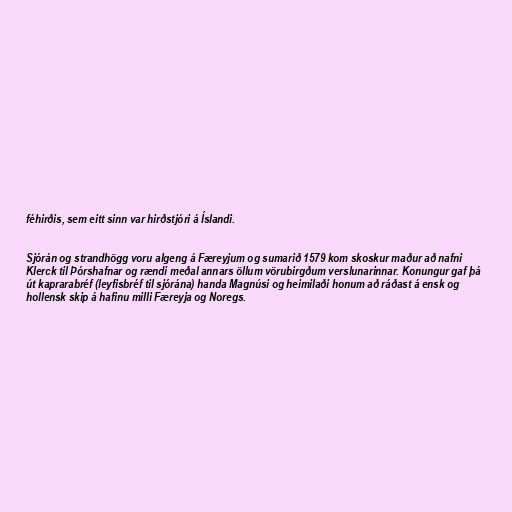
féhirðis, sem eitt sinn var hirðstjóri á Íslandi.

Sjórán og strandhögg voru algeng á Færeyjum og sumarið 1579 kom skoskur maður að nafni
Klerck til Þórshafnar og rændi meðal annars öllum vörubirgðum verslunarinnar. Konungur gaf þá
út kaprarabréf (leyfisbréf til sjórána) handa Magnúsi og heimilaði honum að ráðast á ensk og
hollensk skip á hafinu milli Færeyja og Noregs.